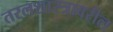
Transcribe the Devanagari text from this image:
तरलशास्त्रावरील